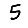
Digit: 5